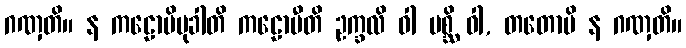
ဂဏှတိ။ န ကဠောပိမုခါတိ ကဠောပီတိ ဥက္ခလိ ဝါ ပစ္ဆိ ဝါ, တတောပိ န ဂဏှတိ။